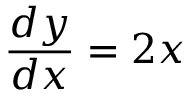
{ \frac { d y } { d x } } = 2 x